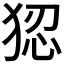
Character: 𭸑